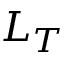
L _ { T }